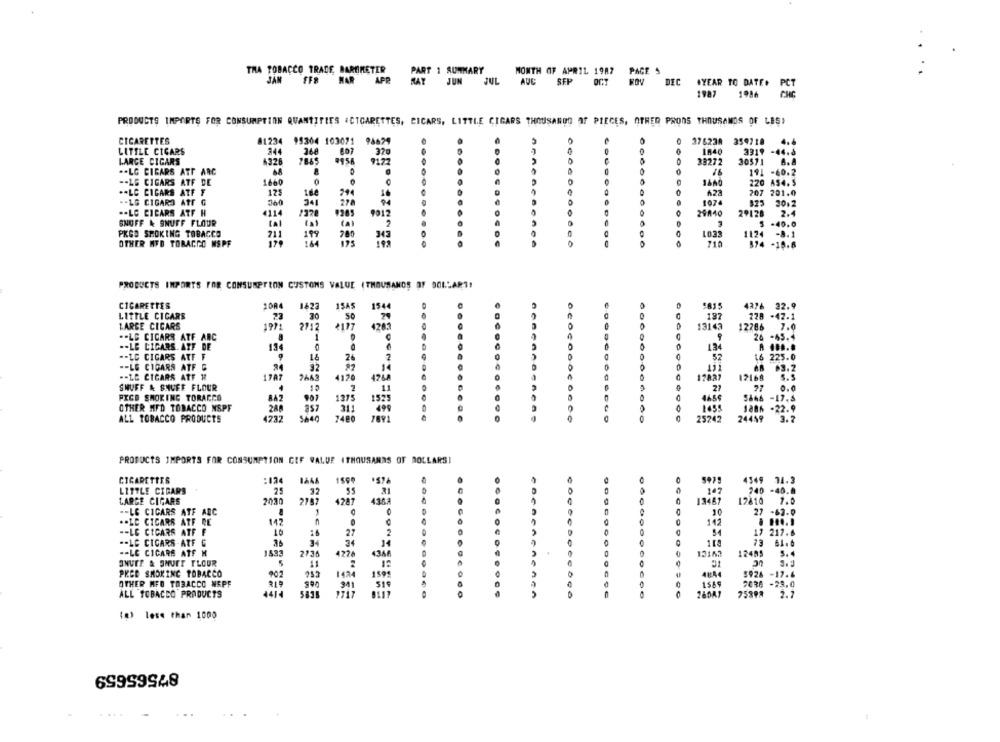
THA TOBACCO TRADE BAROMETER
PART 1 SUMMARY
MONTH OF APRIL 1987 PAGE 5
JAM FF8 HAR
PCT
1987
1986
CHC
PRODUCTS IMPORTS FOR CONSUMPTION QUANTITIES #CIGARETTES, CICARS, LITTLE CIGARS THOUSAROG OF PIECES, OTHER PRONS THOUSANDS OF LES)
CICARETTES
81234
95304 103071 98679
.
376230 359718
4.6
LITTLE CICARS
344
807
320
00
1840
3319 -44.6
LARGE CIGARS
6326
7865
$956
91.72
5
38272
.- LG CIGARS ATT ARC
MA
16
191 -60.2
-- LG CIGARS ATF DE
1660
1440
220 AS4.5
.- LC CIGARS ATF F
12
291
207 201.0
.- LG CIGARS ATF G
10
360
341
278
1074
875
$25 30:2
.- LC CICARS ATF H
4114
1970
9912
29A40
SNUFF & SNUFF FLOUR
2
LA!
3 -40.0
PKGO SMOKING TOBACCO
211
199
343
1033
OTHER MFD TORAGGO MSPF
179
PRODUCTS IMPORTS FOR CONSUMPTION CUSTOMS VALUE (THOUSANDS OF DOLLART!
CIGARETTES
1SAS
-815
1623
1544
4376 22.9
32.
LITTLE CICARS
78
30
197
278
-42.1
LARGE CICARS
2712
13143
12286
7.0
.- LE CICARS ATF ARC
ococ
24 -45.4
-- LE CIGARS. ATF DE
0
134
-- LG CIGARS ATF F
2
52
225.0
-- LG CIGARS ATF G
32
48 63.2
.- LE CICARS ATE H
1787
4170
17108
SHUFF & SHUEE FLOUR
10
27
77
0 .0
FICO SMOKING TORACCO
1275
-17.8
OTHER MFD TOBACCO NSPF
1495
1886 -22.9
357
311
ALL TOBACCO PRODUCTS
4232
5440
7486
600
25242
24459
PRODUCTS IMPORTS FOR CONSUMPTION CEF VALUE (THOUSANDS OF DOLLARS!
CIGARETTES
:124
4349 74.3
LITTLE CIGARS
32
95
240 - 40.
LARGE CIGARS
203
4247
4362
C
13457
12810
7.0
.- LE CIGARS ATF ADC
10
27
cocoe
.. LE CICARS ATF DE
142
142
-- LE CIGARS ATF F
10
1
27
17 217.6
.- LC CIGARS-ATF G
34
.
-- LE CICARS ATF H
2736
4226
12153
12485
5.4
ONUER & SNUET TLOUR
PKCE SMOKING TOBACCO
902
1424
$926 -17.6
OTHER MFO TOBACCO NAPF
7036 -29.0
ALL TOBACCO PRODUCTS
583
10
2.2
(@) less than 1000
87565659